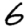
Digit: 6